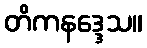
တိကနဒ္ဒေသ။